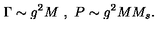
\Gamma \sim g ^ { 2 } M \ , \ P \sim g ^ { 2 } M M _ { s } .